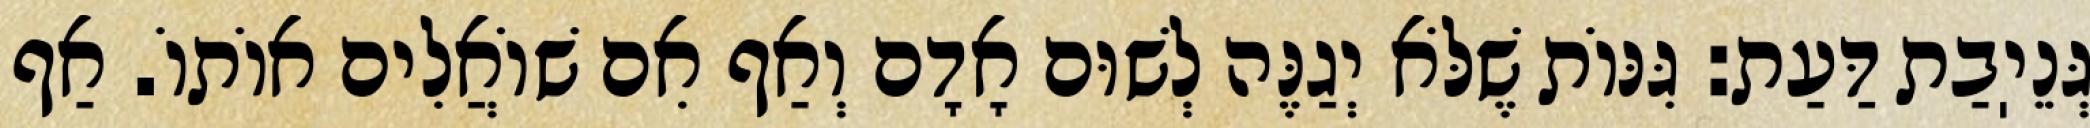
גְּנֵיֽבַת דַּעַת: גִּנּוֹת שֶׁלֹּא יְגַנֶּה לְשׁוּם אָדָם וְאַף אִם שׁוֹאֲלִים אוֹתוֹ. אַף